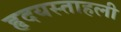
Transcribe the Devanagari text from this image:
हृदयस्ताहली